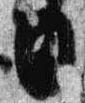
日